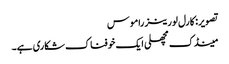
تصویر: کارل لورینز راموس
مینڈک مچھلی ایک خوفناک شکاری ہے۔